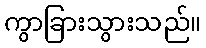
ကွာခြားသွားသည်။